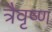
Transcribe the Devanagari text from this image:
त्रैवृष्ण